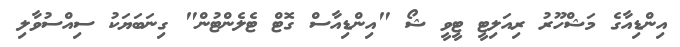
އިންޑިއާގެ މަޝްހޫރު ރިއަލިޓީ ޓީވީ ޝޯ "އިންޑިއާސް ގޮޓް ޓެލެންޓުން" ގިނަބަޔަކު ސިއްސުވާލި